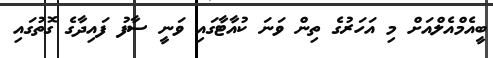
ބީއެމްއެލްއަށް މި އަހަރުގެ ތިން ވަނަ ކުއާޓާގައި ވަނީ ސާފު ފައިދާގެ ގޮތުގައި